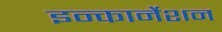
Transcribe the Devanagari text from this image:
इन्कार्नेशन